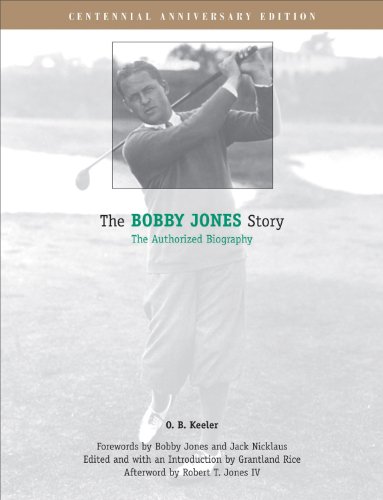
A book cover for The Bobby Jones Story: The Authorized Biography; O. B. Keeler; Biographies & Memoirs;